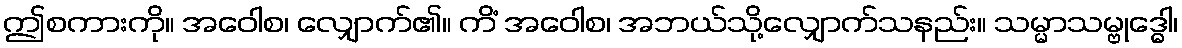
ဤစကားကို။ အဝေါစ၊ လျှောက်၏။ ကိံ အဝေါစ၊ အဘယ်သို့လျှောက်သနည်း။ သမ္မာသမ္ဗုဒ္ဓေါ၊